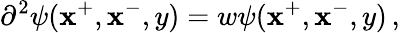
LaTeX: \partial^{2}\psi(\mathbf{x}^{+},\mathbf{x}^{-},y)=w\psi(\mathbf{x}^{+},\mathbf{x}^{-},y)\, ,